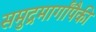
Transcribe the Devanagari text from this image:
समुद्रमार्गांपैकी